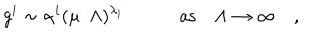
g ^ { i } \sim \alpha ^ { i } ( \mu / \Lambda ) ^ { \lambda _ { i } } \quad \quad \quad \mathrm { a s } \quad \Lambda \to \infty \quad ,